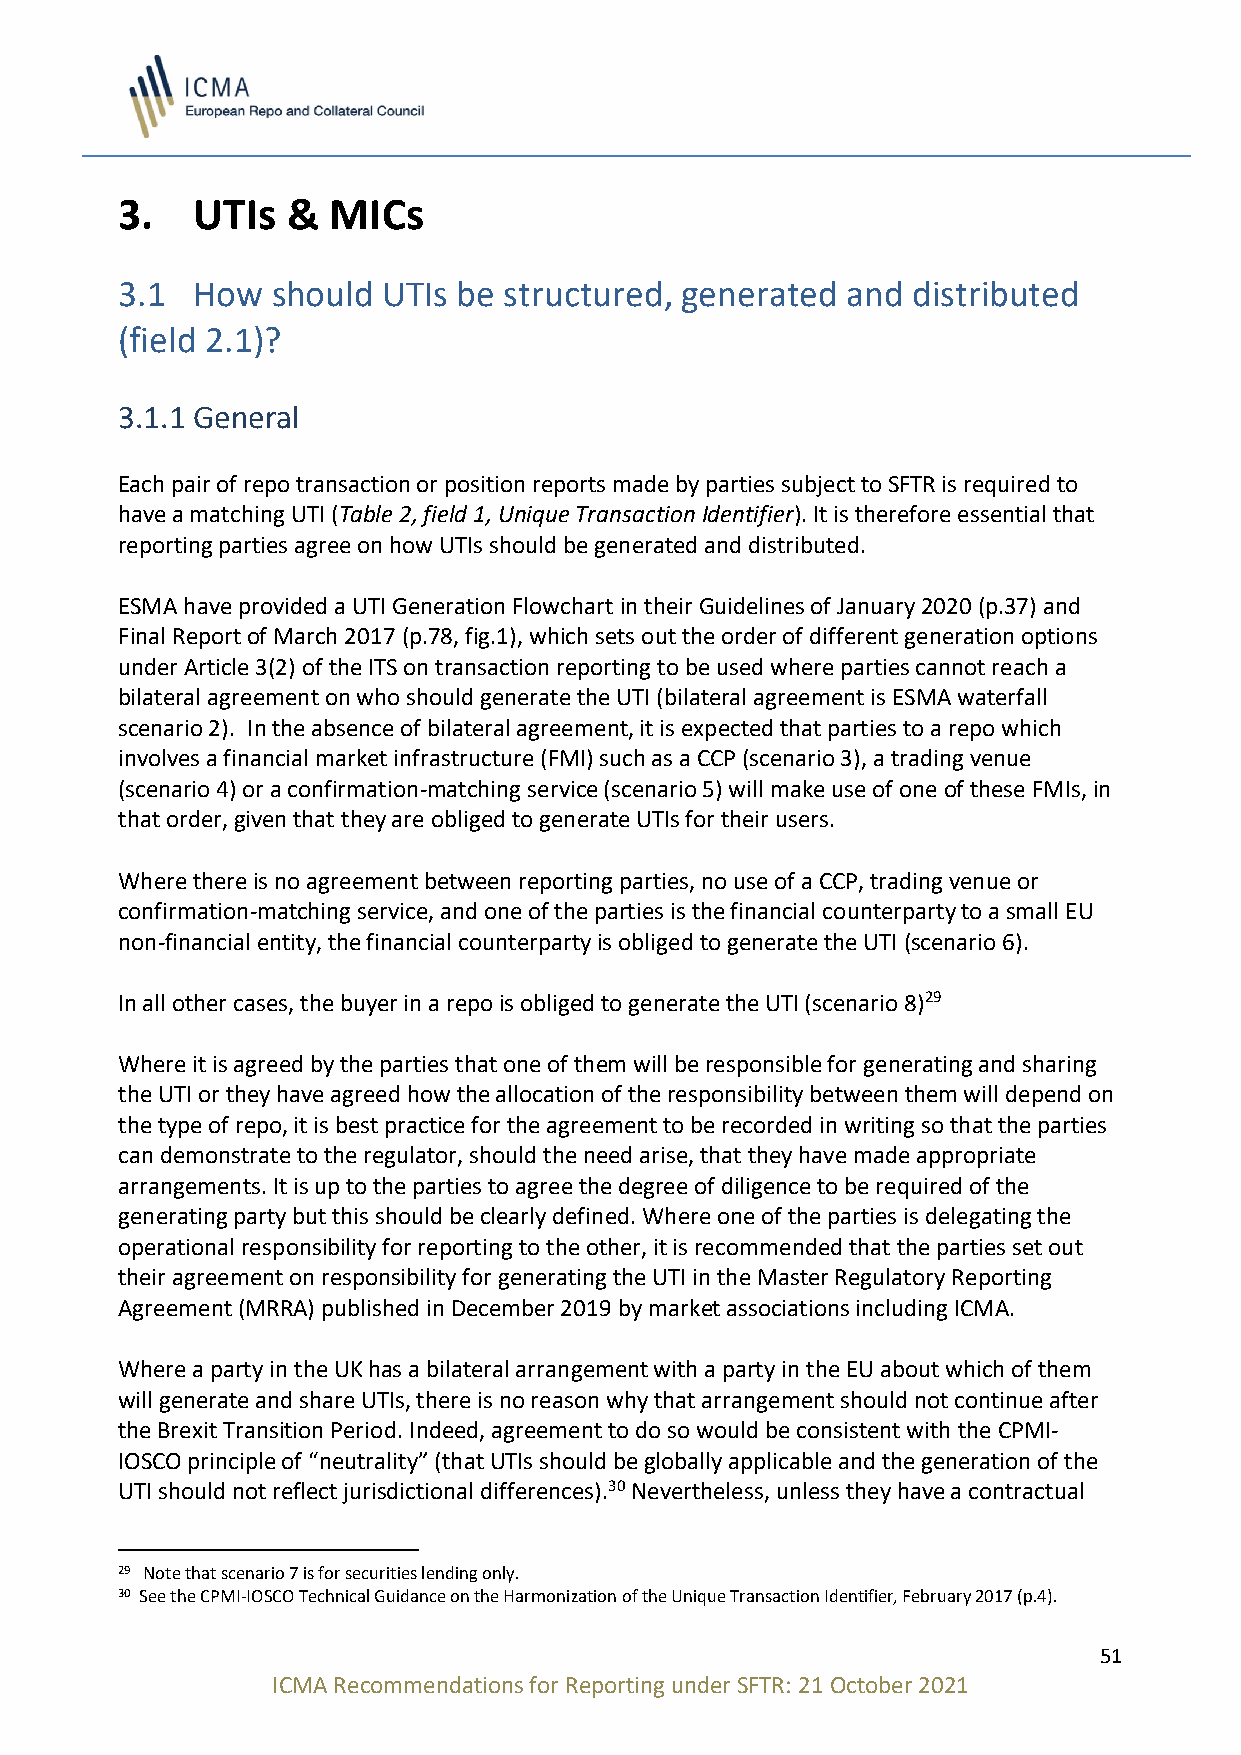
3.   UTIs  &  MICs
 3.1  How  should UTIs be structured, generated  and distributed
 (field 2.1)?
 3.1.1 General
 Each pair of repo transaction or position reports made by parties subject to SFTR is required to
 have a matching UTI (Table 2, field 1, Unique Transaction Identifier). It is therefore essential that
 reporting parties agree on how UTIs should be generated and distributed.
 ESMA have provided a UTI Generation Flowchart in their Guidelines of January 2020 (p.37) and
 Final Report of March 2017 (p.78, fig.1), which sets out the order of different generation options
 under Article 3(2) of the ITS on transaction reporting to be used where parties cannot reach a
 bilateral agreement on who should generate the UTI (bilateral agreement is ESMA waterfall
 scenario 2). In the absence of bilateral agreement, it is expected that parties to a repo which
 involves a financial market infrastructure (FMI) such as a CCP (scenario 3), a trading venue
 (scenario 4) or a confirmation-matching service (scenario 5) will make use of one of these FMIs, in
 that order, given that they are obliged to generate UTIs for their users.
 Where there is no agreement between reporting parties, no use of a CCP, trading venue or
 confirmation-matching service, and one of the parties is the financial counterparty to a small EU
 non-financial entity, the financial counterparty is obliged to generate the UTI (scenario 6).
 In all other cases, the buyer in a repo is obliged to generate the UTI (scenario 8)29
 Where it is agreed by the parties that one of them will be responsible for generating and sharing
 the UTI or they have agreed how the allocation of the responsibility between them will depend on
 the type of repo, it is best practice for the agreement to be recorded in writing so that the parties
 can demonstrate to the regulator, should the need arise, that they have made appropriate
 arrangements. It is up to the parties to agree the degree of diligence to be required of the
 generating party but this should be clearly defined. Where one of the parties is delegating the
 operational responsibility for reporting to the other, it is recommended that the parties set out
 their agreement on responsibility for generating the UTI in the Master Regulatory Reporting
 Agreement (MRRA) published in December 2019 by market associations including ICMA.
 Where a party in the UK has a bilateral arrangement with a party in the EU about which of them
 will generate and share UTIs, there is no reason why that arrangement should not continue after
 the Brexit Transition Period. Indeed, agreement to do so would be consistent with the CPMI-
 IOSCO principle of “neutrality” (that UTIs should be globally applicable and the generation of the
 UTI should not reflect jurisdictional differences).30 Nevertheless, unless they have a contractual
 29 Note that scenario 7 is for securities lending only.
 30 See the CPMI-IOSCO Technical Guidance on the Harmonization of the Unique Transaction Identifier, February 2017 (p.4).
 51
 ICMA Recommendations for Reporting under SFTR: 21 October 2021